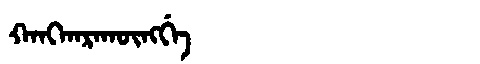
Manchu: ᡴᠠᠩᡴᠠᡵᠠᡴᡡᠩᡤᡝ
Romanization: KANGKARAKŪNGGE